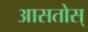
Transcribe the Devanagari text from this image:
आसतोस्